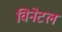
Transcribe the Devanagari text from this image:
विनेटल